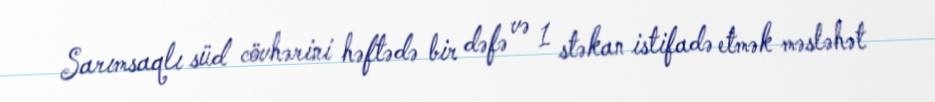
Sarımsaqlı süd cövhərini həftədə bir dəfə və 1 stəkan istifadə etmək məsləhət